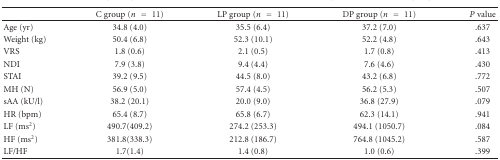
|  | C group (n = 11) | LP group (n = 11) | DP group (n = 11) | P value |
 | --- | --- | --- | --- | --- |
 | Age (yr) | 34.8 (4.0) | 35.5 (6.4) | 37.2 (7.0) | .637 |
 | Weight (kg) | 50.4 (6.8) | 52.3 (10.1) | 52.2 (4.8) | .643 |
 | VRS | 1.8 (0.6) | 2.1 (0.5) | 1.7 (0.8) | .413 |
 | NDI | 7.9 (3.8) | 9.4 (4.4) | 7.6 (4.6) | .430 |
 | STAI | 39.2 (9.5) | 44.5 (8.0) | 43.2 (6.8) | .772 |
 | MH (N) | 56.9 (5.0) | 57.4 (4.5) | 56.2 (5.3) | .507 |
 | sAA (kU/l) | 38.2 (20.1) | 20.0 (9.0) | 36.8 (27.9) | .079 |
 | HR (bpm) | 65.4 (8.7) | 65.8 (6.7) | 62.3 (14.1) | .941 |
 | LF (ms2) | 490.7(409.2) | 274.2 (253.3) | 494.1 (1050.7) | .084 |
 | HF (ms2) | 381.8(338.3) | 212.8 (186.7) | 764.8 (1045.2) | .587 |
 | LF/HF | 1.7(1.4) | 1.4 (0.8) | 1.0 (0.6) | .399 |